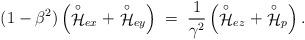
LaTeX: \begin{align*}(1 - \beta^2) \left( \stackrel{\circ}{\cal H}_{ex} + \stackrel{\circ}{\cal H}_{ey} \right) \; = \; \frac{1}{\gamma^2} \left( \stackrel{\circ}{\cal H}_{ez} + \stackrel{\circ}{\cal H}_p \right) .\end{align*}